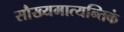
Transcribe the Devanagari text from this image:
सौख्यमात्यन्तिकं